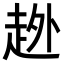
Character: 𧻏